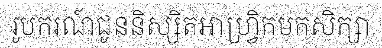
រូបករណ៍ជូននិស្សិតអាហ្វ្រិកមកសិក្សា